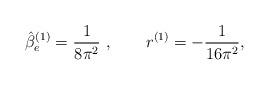
\begin{align*}\hat \beta^ {(1)}_e = \frac 1 {8\pi^2 } \ , \qquad r^ {(1)} = - \frac 1{16\pi^2 },\end{align*}